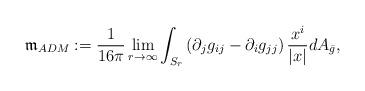
LaTeX: \begin{align*}\mathfrak{m}_{ADM} : = \frac{1}{16\pi}\lim\limits_{r \rightarrow \infty} \int_{S_r} \left( \partial_{j} g_{ij} - \partial_{i} g_{jj} \right) \frac{x^i}{|x|}dA_{\bar g},\end{align*}